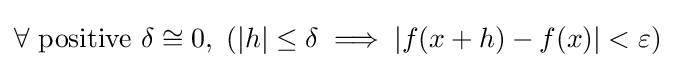
\forall {\mbox{ positive }}\delta \cong 0,\ (|h|\leq \delta \implies |f(x+h)-f(x)|<\varepsilon )